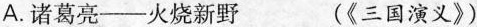
A.诸葛亮——火烧新野 (《三国演义》)